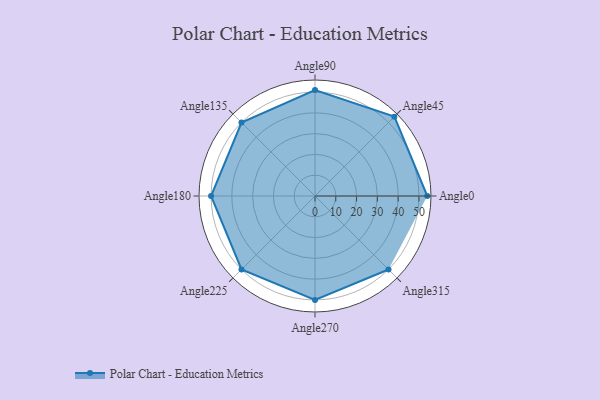
{"axis": {"x": "Angle", "y": "Radius"}, "legend": [""], "data": [{"x": "Angle0", "y": 54.0, "type": ""}, {"x": "Angle45", "y": 54.0, "type": ""}, {"x": "Angle90", "y": 51.0, "type": ""}, {"x": "Angle135", "y": 50, "type": ""}, {"x": "Angle180", "y": 50, "type": ""}, {"x": "Angle225", "y": 50.0, "type": ""}, {"x": "Angle270", "y": 50, "type": ""}, {"x": "Angle315", "y": 50, "type": ""}]}